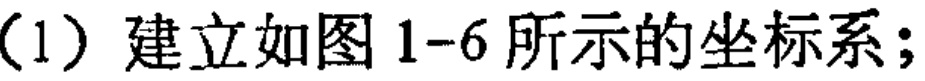
(1) 建立如图 1-6 所示的坐标系；